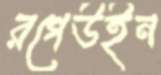
রগেউইন